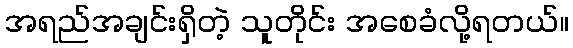
အရည်အချင်းရှိတဲ့ သူတိုင်း အစေခံလို့ရတယ်။